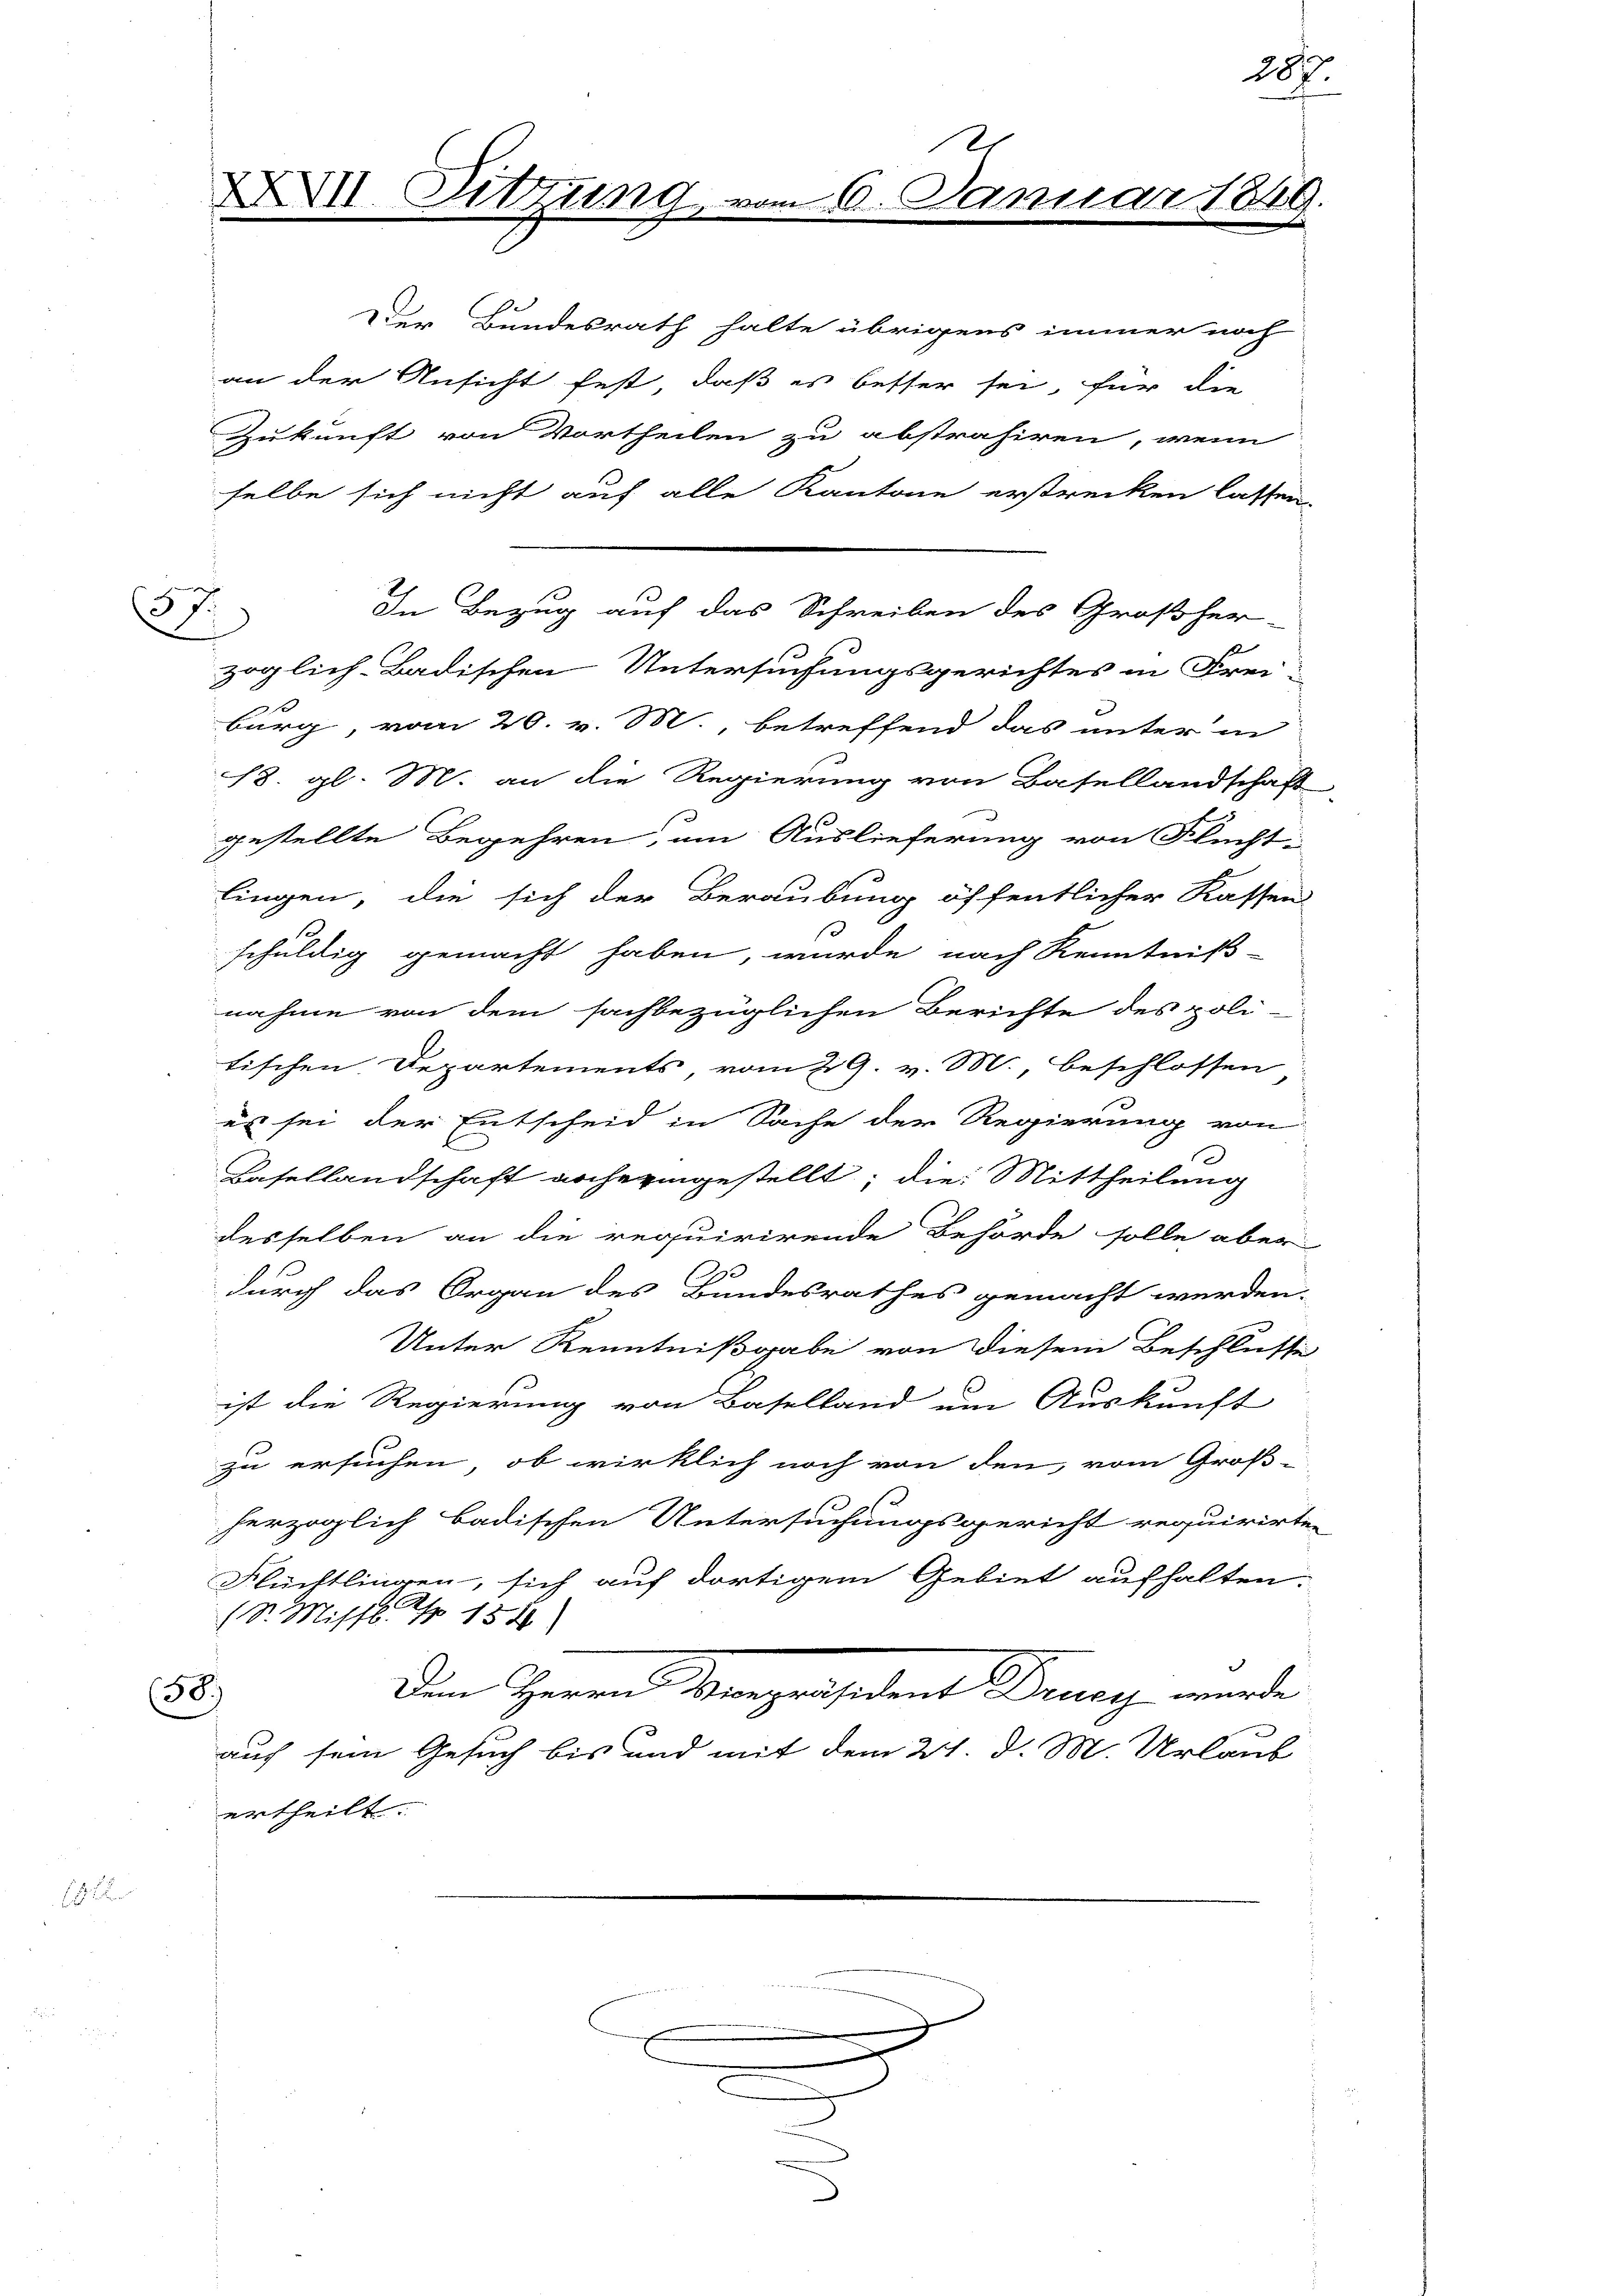
6

Der Bundesrath halte übrigens immer noch
an der Ansicht fest, daß es besser sei, für die
Zukunft von Vortheilen zu abstrahiren, wenn
selbe sich nicht auf alle Kantone erstrecken lassen.
zöglich-Badischen Untersuchungsgerichtes in Frei-
x
burg, vom 20. v. M., betreffend das unter in
18. gl. M. an die Regierung von Basellandschaft
gestellte Begehren, um Auslieferung von Flucht-
lingen, die sich der Beraubung öffentlicher Kassen
schuldig gemacht haben, wurde nach Kenntniß-
nahme von dem sachbezüglichen Berichte des poli-
tischen Departements, vom 29. v. M., beschlossen
es sei der Entscheid in Sache der Regierung von
s
Basellandschaft nocheringestellt; die Mittheilung
desselben an die requirirende Behörde solle aber
durch das Organ des Bundesrathes gemacht werden,
Unter Kenntnißgabe von diesem Beschlusse
ist die Regierung von Baselland um Auskunft
zu ersuchen, ob wirklich noch von den, vom Groß-
herzoglich badischen Untersuchungsgericht requirirten
Flüchtlingen, sich auf dortigem Gebiet aufhalten.
(St. Missl Nr 154
Die Herren Vorganisident Schnung werde
58.)
auf sein Gesuch bis und mit dem 21. d. M. Urlaub
ertheilt.

37

XVII. Sitzung

In Bezug auf das Schreiben des Großher-

x

e
6. Januar 18

287.